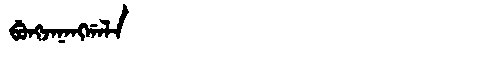
Manchu: ᠪᡠᠩᠵᠠᠨᠠᠩᡤᠠᠯᠠ
Romanization: BUNGJANANGGALA